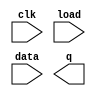
// Conway's Game of Life is a two-dimensional cellular automaton.

// The "game" is played on a two-dimensional grid of cells, where each cell is either 1 (alive) or 0 (dead). At each time step, each cell changes state depending on how many neighbours it has:

// 0-1 neighbour: Cell becomes 0.
// 2 neighbours: Cell state does not change.
// 3 neighbours: Cell becomes 1.
// 4+ neighbours: Cell becomes 0.
// The game is formulated for an infinite grid. In this circuit, we will use a 16x16 grid. To make things more interesting, we will use a 16x16 toroid, where the sides wrap around to the other side of the grid. For example, the corner cell (0,0) has 8 neighbours: (15,1), (15,0), (15,15), (0,1), (0,15), (1,1), (1,0), and (1,15). The 16x16 grid is represented by a length 256 vector, where each row of 16 cells is represented by a sub-vector: q[15:0] is row 0, q[31:16] is row 1, etc. (This tool accepts SystemVerilog, so you may use 2D vectors if you wish.)

// load: Loads data into q at the next clock edge, for loading initial state.
// q: The 16x16 current state of the game, updated every clock cycle.
// The game state should advance by one timestep every clock cycle.

// Hint: A test case that's easily understandable and tests some boundary conditions is the blinker 256'h7. It is 3 cells in row 0 columns 0-2. It oscillates between a row of 3 cells and a column of 3 cells (in column 1, rows 15, 0, and 1).

module top_module(
    input clk,
    input load,
    input [255:0] data,
    output [255:0] q ); 

    // Insert your code here

endmodule